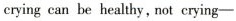
crying can be healthy,not crying—